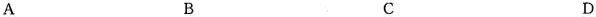
A B C D